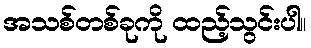
အသစ်တစ်ခုကို ထည့်သွင်းပါ။